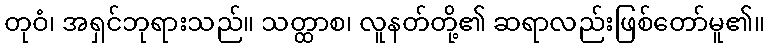
တုဝံ၊ အရှင်ဘုရားသည်။ သတ္ထာစ၊ လူနတ်တို့၏ ဆရာလည်းဖြစ်တော်မူ၏။